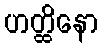
ဟတ္ထိနော